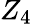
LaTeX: Z_{4}